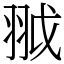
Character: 䎀